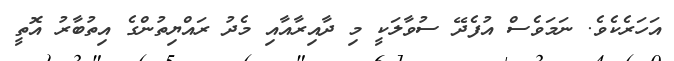
އަހަރެކެވެ. ނަމަވެސް އުފެދޭ ސުވާލަކީ މި ދާއިރާއާއި މެދު ރައްޔިތުންގެ އިތުބާރު އޮތީ